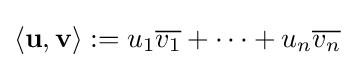
\langle \mathbf {u} ,\mathbf {v} \rangle :=u_{1}{\overline {v_{1}}}+\cdots +u_{n}{\overline {v_{n}}}